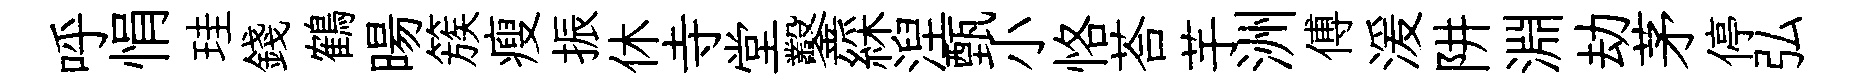
呼悁珪錢鶴暘簇瘦振休寺堂鑿綵湼甄小恪荅芋洲傅湲阱淵劫茅停弘